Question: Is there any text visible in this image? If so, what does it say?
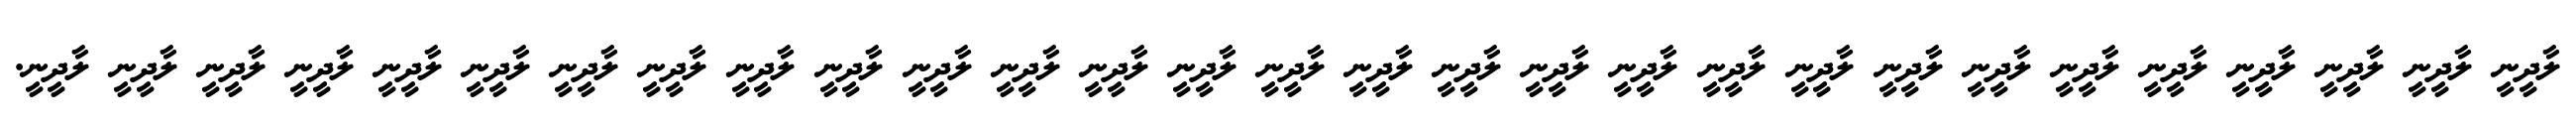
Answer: ލާދީނީ ލާދީނީ ލާދީނީ ލާދީނީ ލާދީނީ ލާދީނީ ލާދީނީ ލާދީނީ ލާދީނީ ލާދީނީ ލާދީނީ ލާދީނީ ލާދީނީ ލާދީނީ ލާދީނީ ލާދީނީ ލާދީނީ ލާދީނީ ލާދީނީ ލާދީނީ ލާދީނީ ލާދީނީ ލާދީނީ ލާދީނީ ލާދީނީ ލާދީނީ ލާދީނީ ލާދީނީ ލާދީނީ.